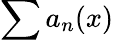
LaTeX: \sum a_{n}(x)